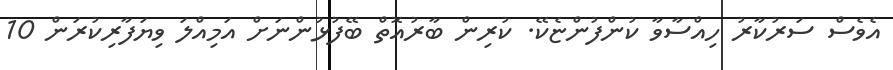
އެވެސް ސަރުކާރު ހިއްސާވާ ކުންފުންޏެކޭ. ކުރިން ބާރުއޮތް ބޭފުޅުންނަށް އަމިއްލަ ވިޔަފާރިކުރަން 10